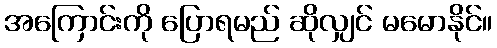
အကြောင်းကို ပြောရမည် ဆိုလျှင် မမောနိုင်။